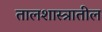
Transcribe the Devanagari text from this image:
तालशास्त्रातील